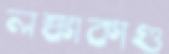
লঙ্কাকাণ্ড